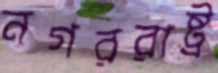
নগররাষ্ট্র